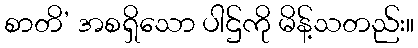
စာတိ’ အစရှိသော ပါဌ်ကို မိန့်သတည်း။